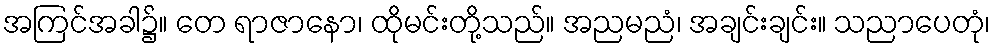
အကြင်အခါ၌။ တေ ရာဇာနော၊ ထိုမင်းတို့သည်။ အညမညံ၊ အချင်းချင်း။ သညာပေတုံ၊